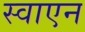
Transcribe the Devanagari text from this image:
स्वाएन